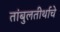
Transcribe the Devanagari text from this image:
तांबुलतीर्थाचे